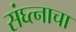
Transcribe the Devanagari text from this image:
संघ्त्नाचा